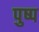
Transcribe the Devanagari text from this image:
पुष्प